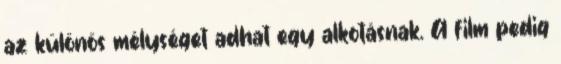
az különös mélységet adhat egy alkotásnak. A film pedig